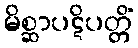
မိစ္ဆာပဋိပတ္တိံ